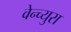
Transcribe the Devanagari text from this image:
वेन्च्युरा